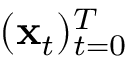
( \mathbf { x } _ { t } ) _ { t = 0 } ^ { T }